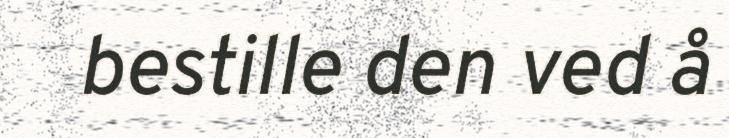
bestille den ved å